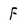
Character: F